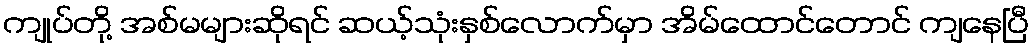
ကျုပ်တို့ အစ်မများဆိုရင် ဆယ့်သုံးနှစ်လောက်မှာ အိမ်ထောင်တောင် ကျနေပြီ